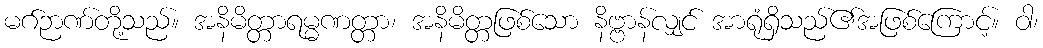
မဂ်ဉာဏ်တို့သည်။ အနိမိတ္တာရမ္မဏတ္တာ၊ အနိမိတ္တဖြစ်သော နိဗ္ဗာန်လျှင် အာရုံရှိသည်၏အဖြစ်ကြောင့်။ ဝါ၊